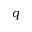
q